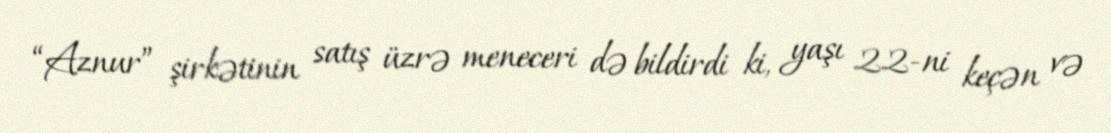
“Aznur” şirkətinin satış üzrə meneceri də bildirdi ki, yaşı 22-ni keçən və